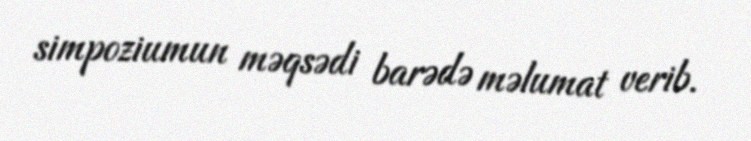
simpoziumun məqsədi barədə məlumat verib.